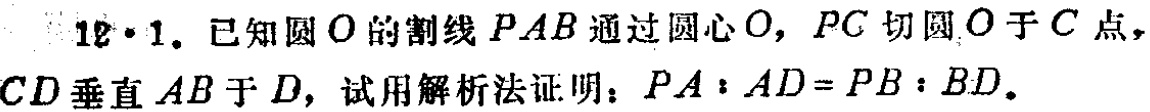
12·1. 已知圆\(O\)的割线\(PAB\)通过圆心\(O\)，\(PC\)切圆\(O\)于\(C\)点，\(CD\)垂直\(AB\)于\(D\)，试用解析法证明：\(PA:AD = PB:BD\)。